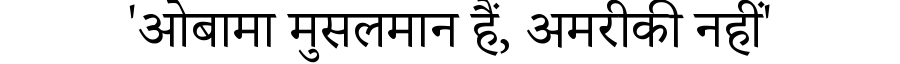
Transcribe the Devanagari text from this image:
'ओबामा मुसलमान हैं, अमरीकी नहीं'